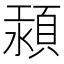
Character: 𩒴